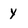
Character: Y